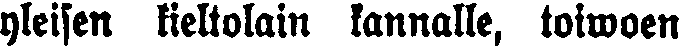
yleisen kieltolain kannalle, toiwoen